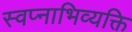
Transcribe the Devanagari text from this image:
स्वप्नाभिव्यक्ति